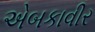
એબકાવીર